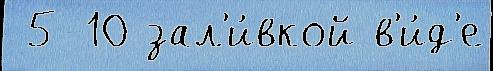
 5-10 зал'и́вкой в'и́д'е